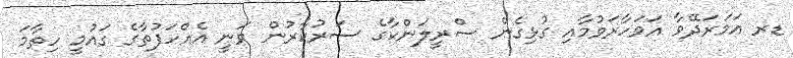
ޑރ އަމަރަދޭވާ އަވަހާރަވުމާއި ގުޅިގެން ސްރީލަންކާގެ ސަރުކާރުން ވަނީ އެއްހަފުތާގެ ގައުމީ ހިތާމަ